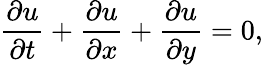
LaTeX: \frac{\partial u}{\partial t}+\frac{\partial u}{\partial x}+\frac{\partial u}{\partial y}=0,